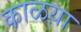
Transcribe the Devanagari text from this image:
काळय़ा